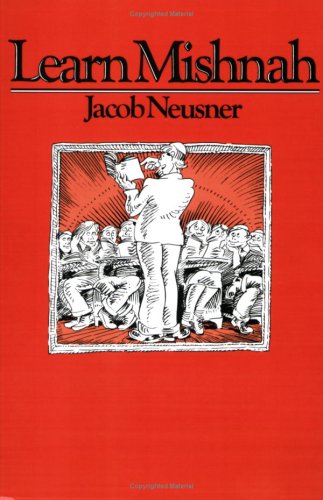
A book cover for Learn Mishnah; Jacob Neusner; Teen & Young Adult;